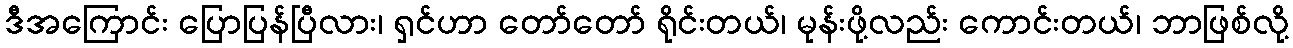
ဒီအကြောင်း ပြောပြန်ပြီလား၊ ရှင်ဟာ တော်တော် ရိုင်းတယ်၊ မုန်းဖို့လည်း ကောင်းတယ်၊ ဘာဖြစ်လို့